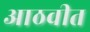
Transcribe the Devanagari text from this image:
आठवीत